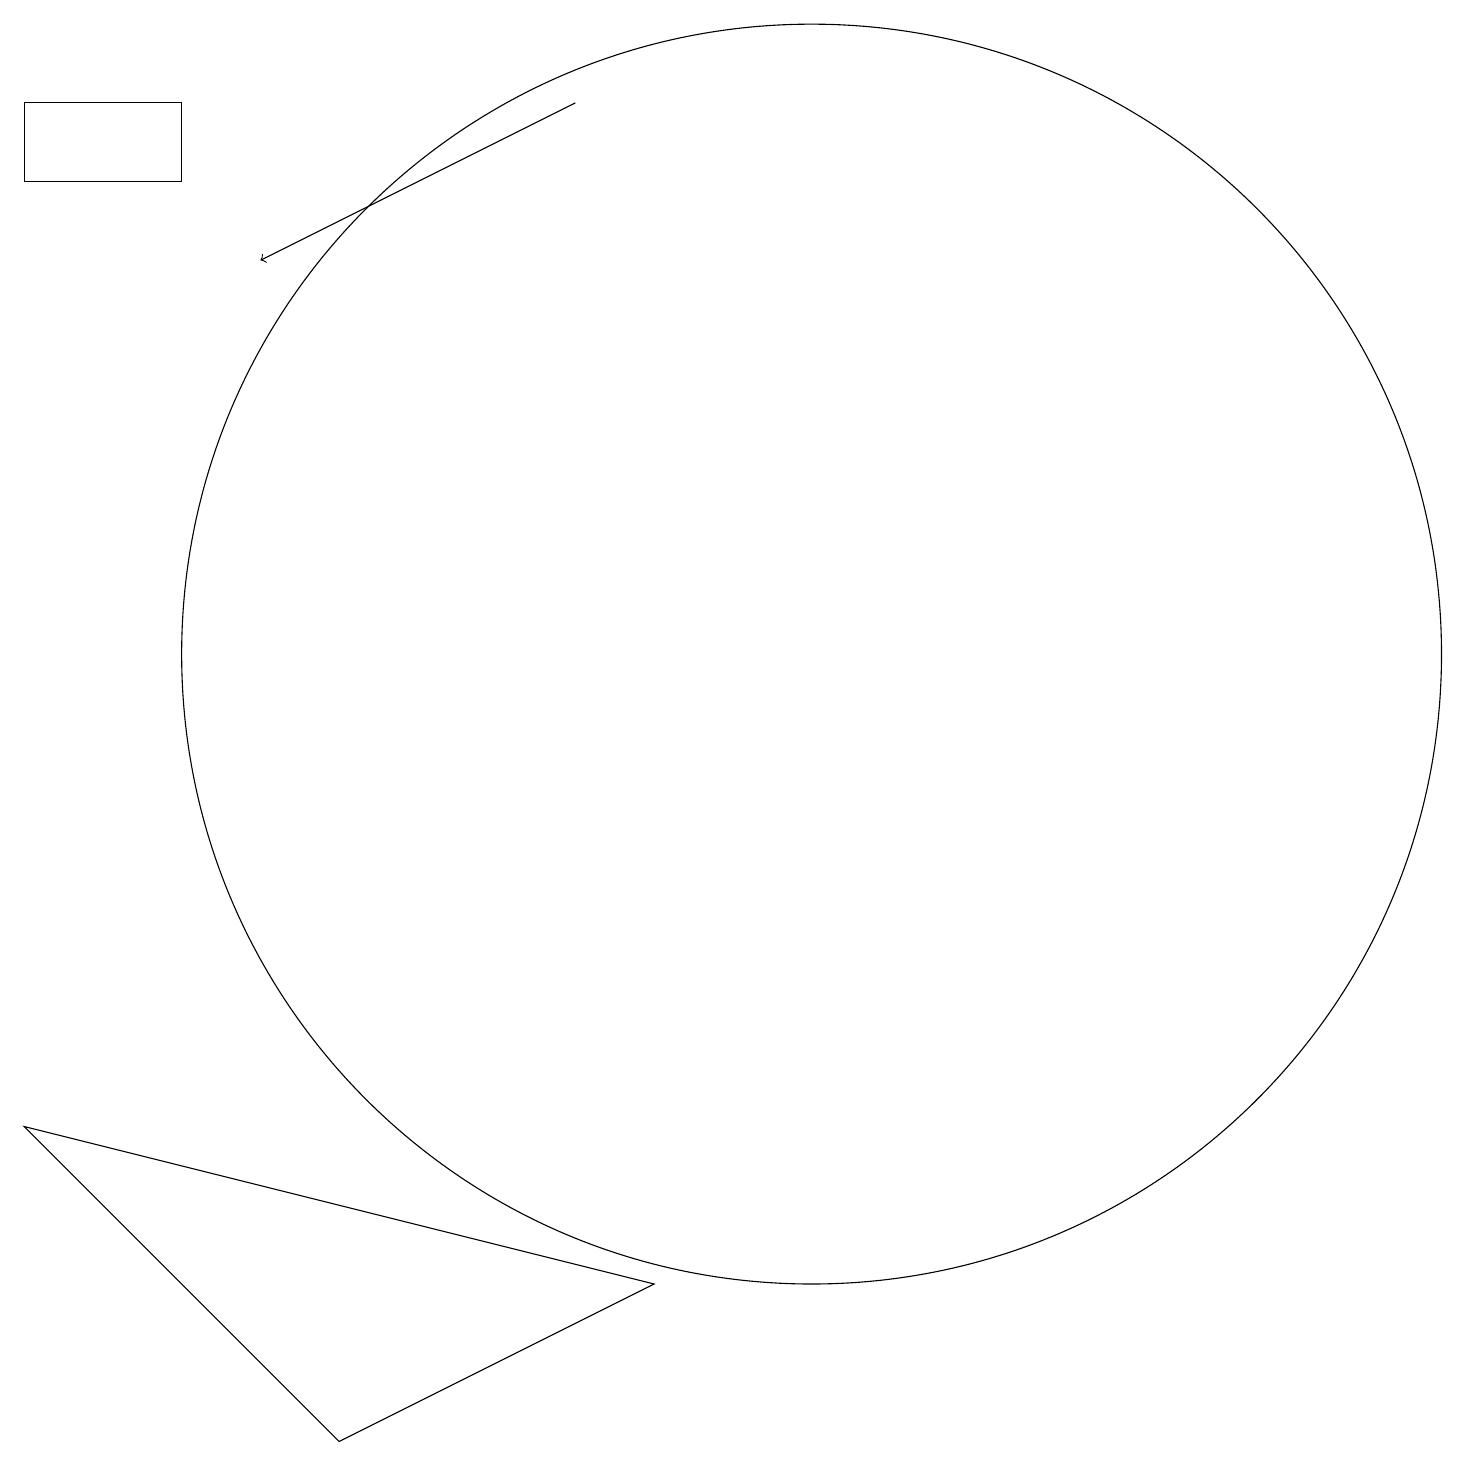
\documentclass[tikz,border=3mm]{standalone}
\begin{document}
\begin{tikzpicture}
\draw (0,5) -- (8,3) -- (4,1) -- cycle;
\draw (2,17) rectangle (0,18);
\draw (10,11) circle (8);
\draw[->] (7,18) -- (3,16);
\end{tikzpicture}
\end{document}